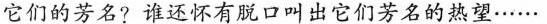
它们的芳名?谁还怀有脱口叫出它们芳名的热望……